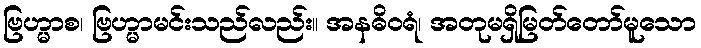
ဗြဟ္မာစ၊ ဗြဟ္မာမင်းသည်လည်း။ အနဓိဝရံ၊ အတုမရှိမြတ်တော်မူသော